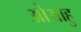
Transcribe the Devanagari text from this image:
ओआहु